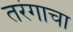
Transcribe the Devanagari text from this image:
तरंगाचा